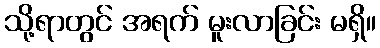
သို့ရာတွင် အရက် မူးလာခြင်း မရှိ။